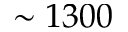
\sim 1 3 0 0